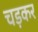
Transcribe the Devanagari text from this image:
चड़कर